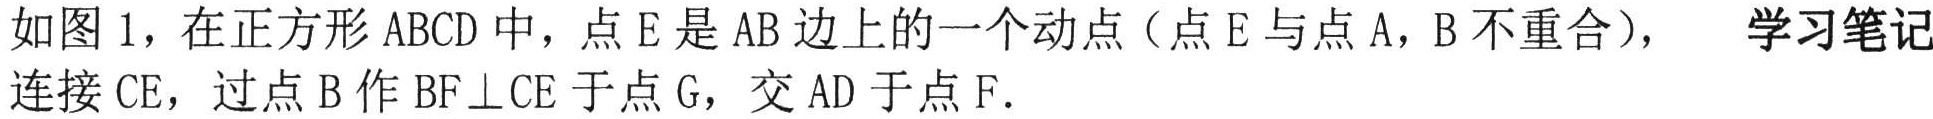
如图 1，在正方形 \(ABCD\) 中，点 \(E\) 是 \(AB\) 边上的一个动点（点 \(E\) 与点 \(A\)，\(B\) 不重合），连接 \(CE\)，过点 \(B\) 作 \(BF\perp CE\) 于点 \(G\)，交 \(AD\) 于点 \(F\). 学习笔记